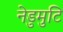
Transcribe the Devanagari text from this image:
नेडुमुटि